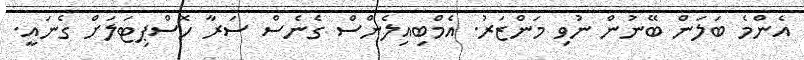
އެންމެ ބަލަން ބޭނުން ނުވި މަންޒަރު. އެމްބިއިލެންސް ގެނެސް ސަރާ ހޮސްޕިޓަލަށް ގެނައީ.